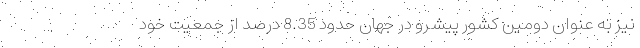
نیز به عنوان دومین کشور پیشرو در جهان حدود 8.35 درصد از جمعیت خود